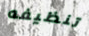
تنظيفه